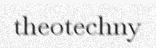
theotechny